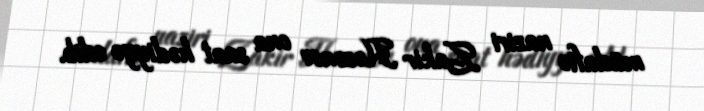
müdafiə naziri Zakir Həsənov ona saat hədiyyə edib.